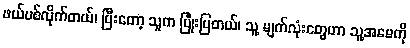
ဖယ်ပစ်လိုက်တယ်၊ ပြီးတော့ သူက ပြုံးပြတယ်၊ သူ့ မျက်လုံးတွေဟာ သူ့အမေကို